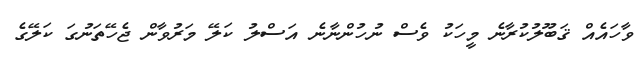
ވާހައެއް ޤަބޫލުކުރާނެ މީހަކު ވެސް ނުހުންނާނެ އަސްލު ކަލޭ މަރުވާން ޖެހޭތަނުގަ ކަލޭގެ